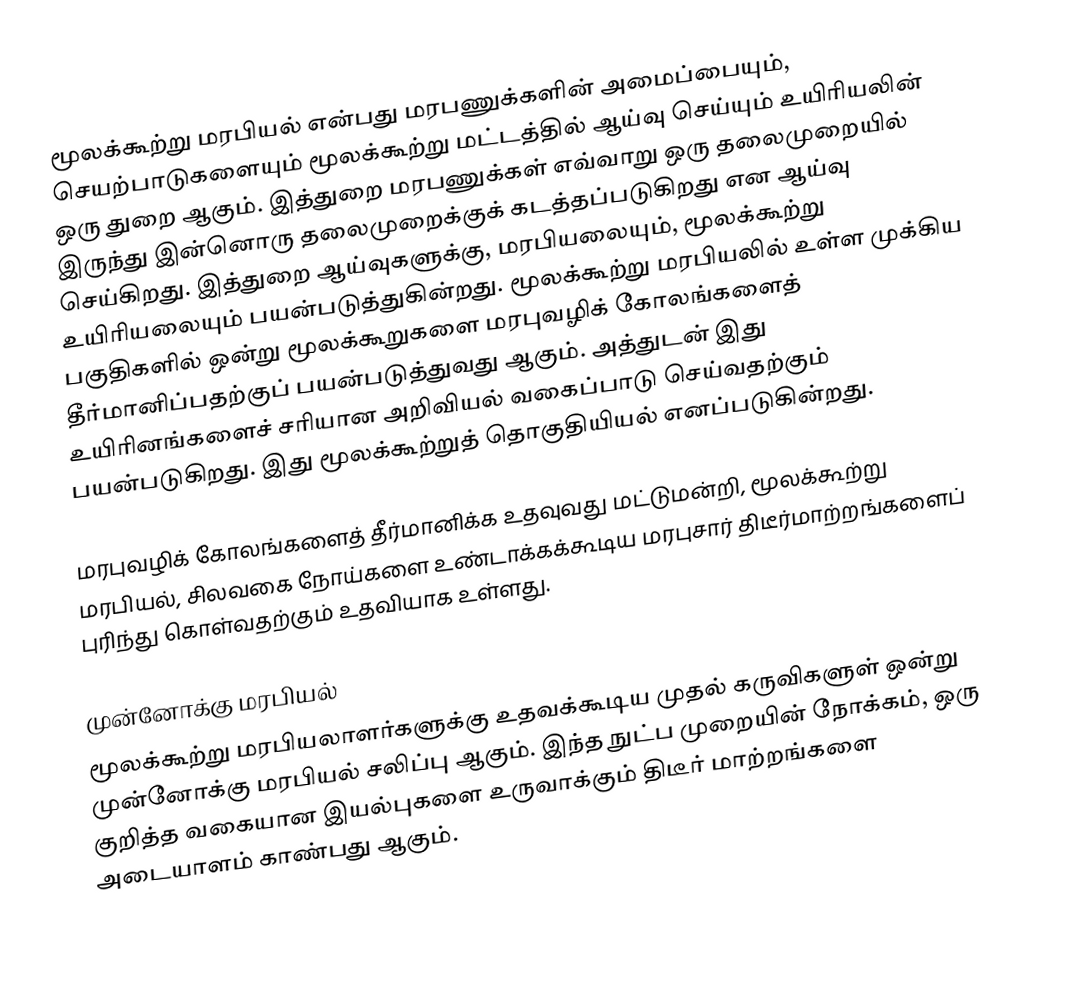
மூலக்கூற்று மரபியல் என்பது மரபணுக்களின் அமைப்பையும், செயற்பாடுகளையும் மூலக்கூற்று மட்டத்தில் ஆய்வு செய்யும் உயிரியலின் ஒரு துறை ஆகும். இத்துறை மரபணுக்கள் எவ்வாறு ஒரு தலைமுறையில் இருந்து இன்னொரு தலைமுறைக்குக் கடத்தப்படுகிறது என ஆய்வு செய்கிறது. இத்துறை ஆய்வுகளுக்கு, மரபியலையும், மூலக்கூற்று உயிரியலையும் பயன்படுத்துகின்றது. மூலக்கூற்று மரபியலில் உள்ள முக்கிய பகுதிகளில் ஒன்று மூலக்கூறுகளை மரபுவழிக் கோலங்களைத் தீர்மானிப்பதற்குப் பயன்படுத்துவது ஆகும். அத்துடன் இது உயிரினங்களைச் சரியான அறிவியல் வகைப்பாடு செய்வதற்கும் பயன்படுகிறது. இது மூலக்கூற்றுத் தொகுதியியல் எனப்படுகின்றது.

மரபுவழிக் கோலங்களைத் தீர்மானிக்க உதவுவது மட்டுமன்றி, மூலக்கூற்று மரபியல், சிலவகை நோய்களை உண்டாக்கக்கூடிய மரபுசார் திடீர்மாற்றங்களைப் புரிந்து கொள்வதற்கும் உதவியாக உள்ளது.

முன்னோக்கு மரபியல்
மூலக்கூற்று மரபியலாளர்களுக்கு உதவக்கூடிய முதல் கருவிகளுள் ஒன்று முன்னோக்கு மரபியல் சலிப்பு ஆகும். இந்த நுட்ப முறையின் நோக்கம், ஒரு குறித்த வகையான இயல்புகளை உருவாக்கும் திடீர் மாற்றங்களை அடையாளம் காண்பது ஆகும்.